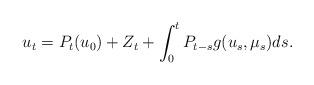
LaTeX: \begin{align*} u_t = P_t(u_0) + Z_t + \int_0^t P_{t-s} g(u_s,\mu_s) ds.\end{align*}